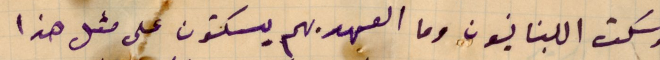
وسكت الببنانيون وما العهد بهم يسكتون على مثل هذا